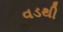
વડથી